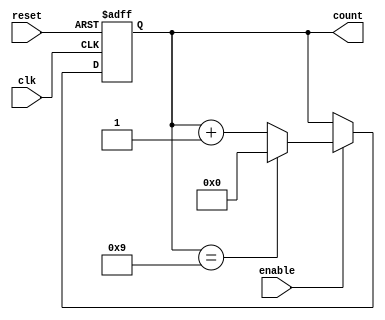
module bcd_counter (
    input wire clk,        // Clock input
    input wire reset,      // Asynchronous reset input
    input wire enable,     // Enable input
    output reg [3:0] count // 4-bit output for the current count
);

    // Always block triggered on the rising edge of the clock
    always @(posedge clk or posedge reset) begin
        if (reset) begin
            count <= 4'b0000; // Reset count to 0
        end else if (enable) begin
            if (count == 4'b1001) begin
                count <= 4'b0000; // Reset to 0 after reaching 9
            end else begin
                count <= count + 1; // Increment count
            end
        end
    end

endmodule